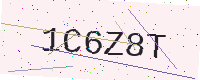
Text: 1C6Z8T